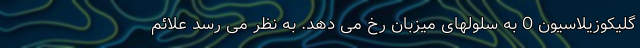
گلیکوزیلاسیون O به سلولهای میزبان رخ می دهد. به نظر می رسد علائم